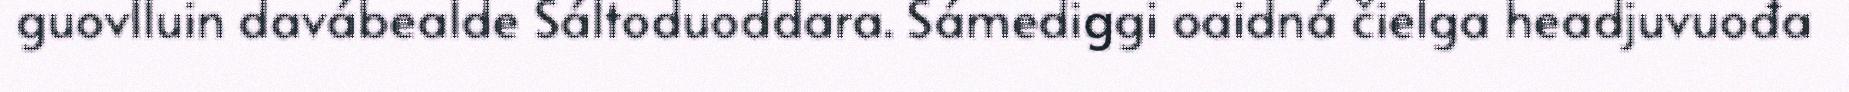
guovlluin davábealde Sáltoduoddara. Sámediggi oaidná čielga headjuvuođa